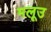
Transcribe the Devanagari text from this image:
मलूउ